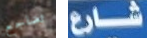
تضاجع شارع